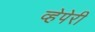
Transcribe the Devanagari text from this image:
व्हेपेरी